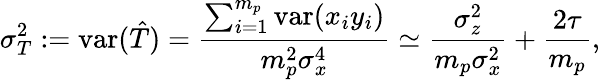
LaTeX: \sigma_{T}^{2}:=\mathrm{var}(\hat{T})=\frac{\sum_{i=1}^{m_{p}}\mathrm{var}(x_{i}y_{i})}{m_{p}^{2}\sigma_{x}^{4}}\simeq\frac{\sigma_{z}^{2}}{m_{p}\sigma_{x}^{2}}+\frac{2\tau}{m_{p}},